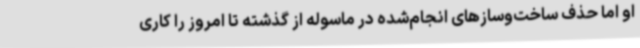
او اما حذف ساخت‌وسازهای انجام‌شده در ماسوله از گذشته تا امروز را کاری